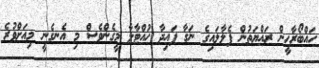
ހައްބޯރާހީން ރައްޔަތުން ފެލާލައިގެ ނަގާ ފައިދާ ހުއްޓާލާ މީގެންވެސް މި އެނގެނީ މިއަށްވުރެ